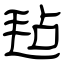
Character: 毡